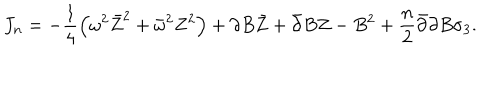
J _ { n } = - \frac 1 4 \left( \omega ^ { 2 } \bar { Z } ^ { 2 } + \bar { \omega } ^ { 2 } Z ^ { 2 } \right) + \partial B \bar { Z } + \bar { \partial } B Z - B ^ { 2 } + \frac n 2 \bar { \partial } \partial B \sigma _ { 3 } .